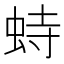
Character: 𫊵